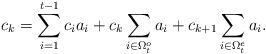
LaTeX: \begin{align*}c_k=\sum_{i=1}^{t-1}c_ia_i+c_{k}\sum_{i\in \Omega_t^o}a_i+c_{k+1}\sum_{i\in \Omega_t^e}a_i.\end{align*}